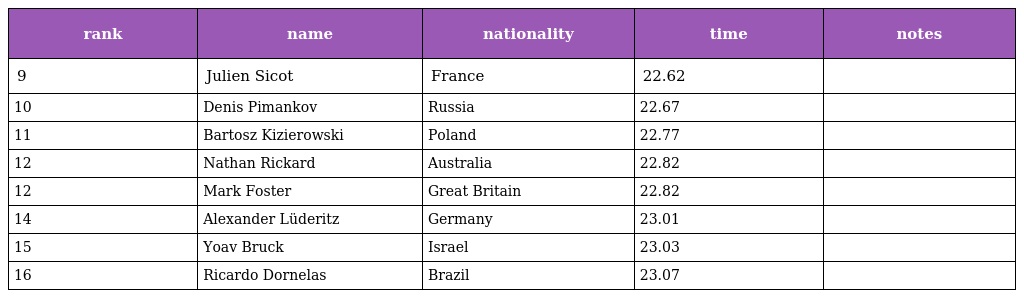
| rank | name | nationality | time | notes |
 | --- | --- | --- | --- | --- |
 | 9 | Julien Sicot | France | 22.62 |  |
 | 10 | Denis Pimankov | Russia | 22.67 |  |
 | 11 | Bartosz Kizierowski | Poland | 22.77 |  |
 | 12 | Nathan Rickard | Australia | 22.82 |  |
 | 12 | Mark Foster | Great Britain | 22.82 |  |
 | 14 | Alexander Lüderitz | Germany | 23.01 |  |
 | 15 | Yoav Bruck | Israel | 23.03 |  |
 | 16 | Ricardo Dornelas | Brazil | 23.07 |  |